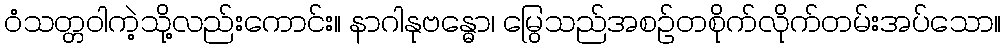
ဝံသတ္တဝါကဲ့သို့လည်းကောင်း။ နာဂါနုဗန္ဓော၊ မြွေသည်အစဉ်တစိုက်လိုက်တမ်းအပ်သော။